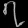
Digit: ၇